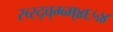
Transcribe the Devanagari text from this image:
स्व्स्द्व्ग्व्म्४६५४